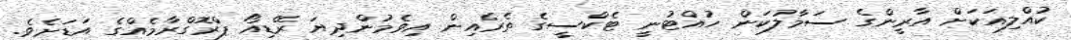
ކުއްލިއަކަށް އާރީންގެ ސަމާލުކަން ހުއްޓުނީ ޓެކްސީގެ ތެރެއިން އިވެމުންދިޔަ ރޭޑިއޯ ޕްރޮގްރާމެއްގެ އަޑަށެވެ.